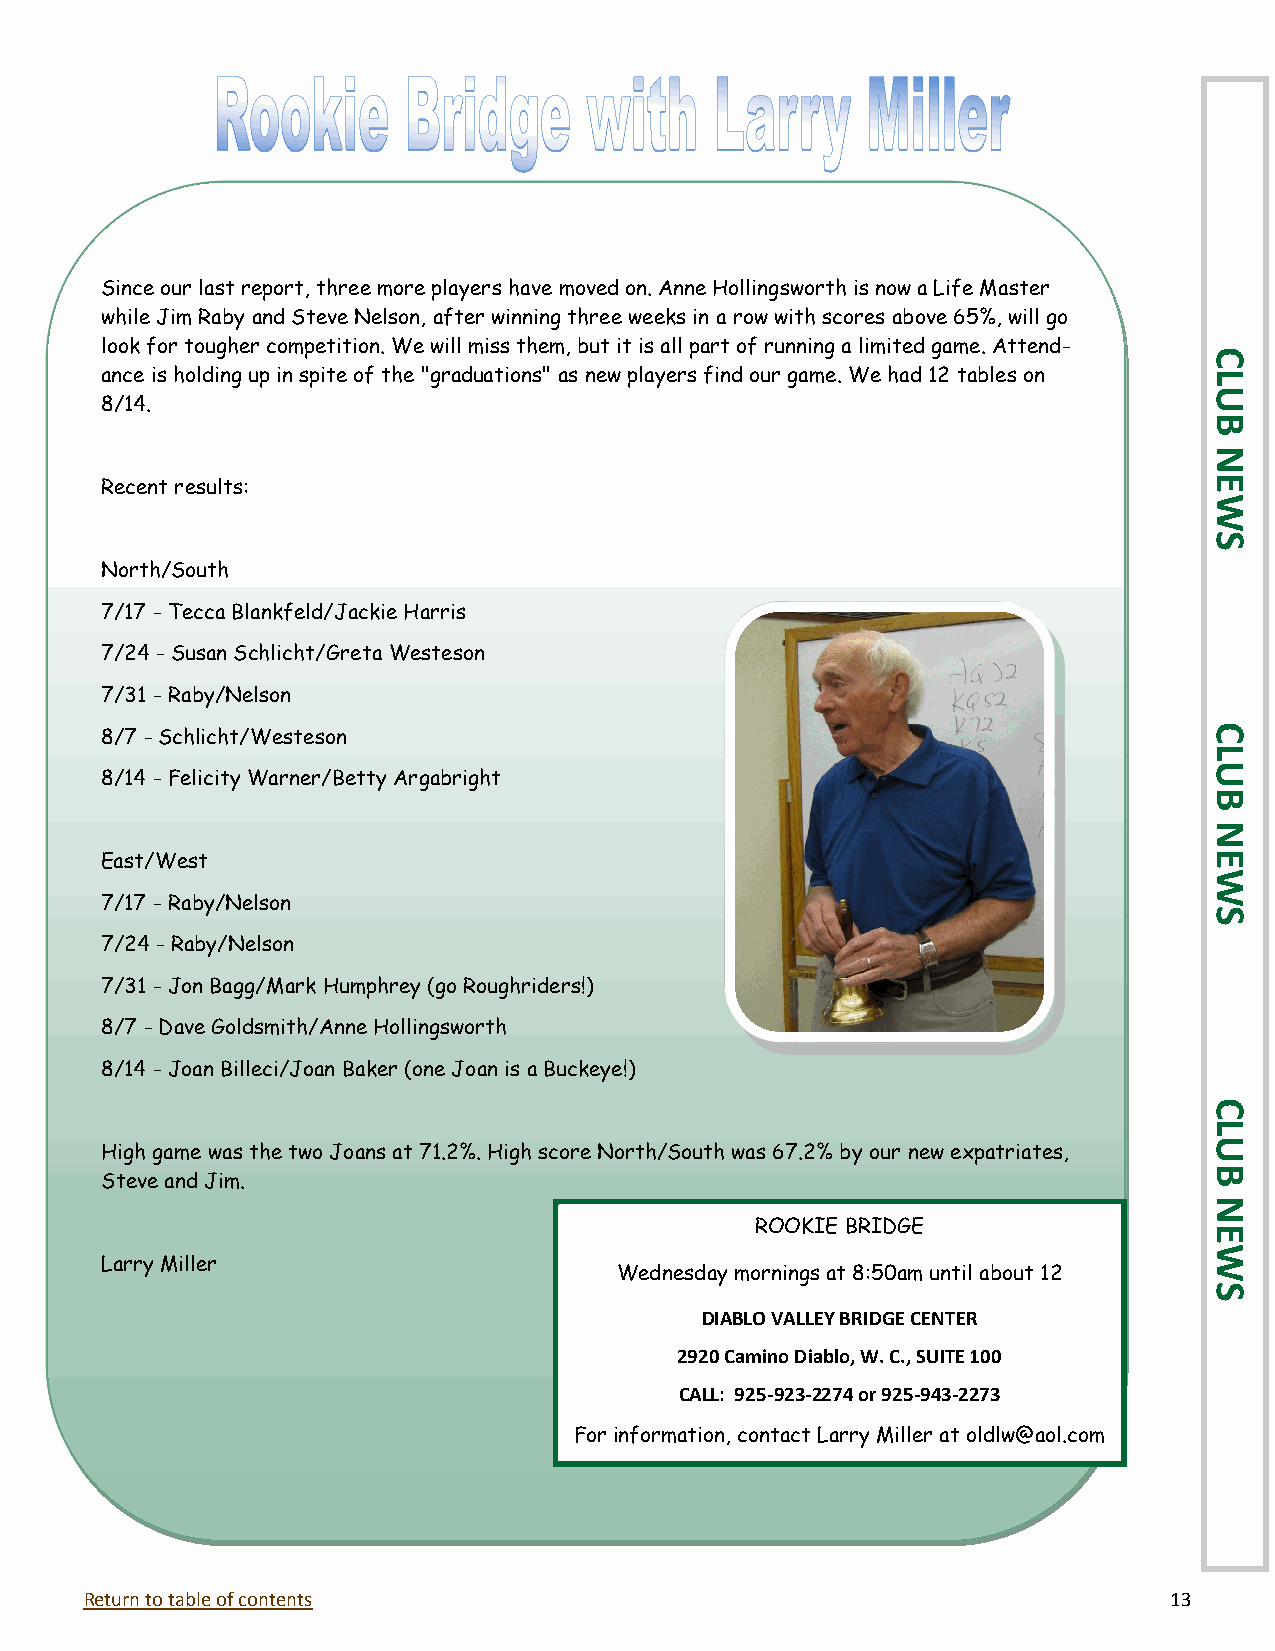
Since our last report, three more players have moved on. Anne Hollingsworth is now a Life Master
 while Jim Raby and Steve Nelson, after winning three weeks in a row with scores above 65%, will go
 look for tougher competition. We will miss them, but it is all part of running a limited game. Attend-
 C
 ance is holding up in spite of the "graduations" as new players find our game. We had 12 tables on L
 U
 8/14.
 B
 N
 Recent results:                                                          E
 W
 S
 North/South
 7/17 - Tecca Blankfeld/Jackie Harris
 7/24 - Susan Schlicht/Greta Westeson
 7/31 - Raby/Nelson
 C
 8/7 - Schlicht/Westeson
 L
 U
 8/14 - Felicity Warner/Betty Argabright
 B
 N
 East/West                                                                E
 W
 7/17 - Raby/Nelson
 S
 7/24 - Raby/Nelson
 7/31 - Jon Bagg/Mark Humphrey (go Roughriders!)
 8/7 - Dave Goldsmith/Anne Hollingsworth
 8/14 - Joan Billeci/Joan Baker (one Joan is a Buckeye!)
 C
 L
 U
 High game was the two Joans at 71.2%. High score North/South was 67.2% by our new expatriates,
 B
 Steve and Jim.
 N
 ROOKIE BRIDGE                 E
 W
 Larry Miller
 Wednesday mornings at 8:50am until about 12
 S
 DIABLO VALLEY BRIDGE CENTER
 2920 Camino Diablo, W. C., SUITE 100
 CALL: 925-923-2274 or 925-943-2273
 For information, contact Larry Miller at oldlw@aol.com
 Return to table of contents                                            13